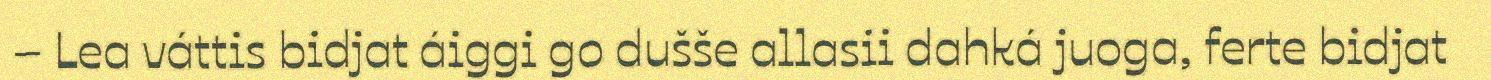
– Lea váttis bidjat áiggi go dušše allasii dahká juoga, ferte bidjat